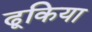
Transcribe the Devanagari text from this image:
ढूकिया